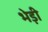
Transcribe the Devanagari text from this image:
भेड़ी